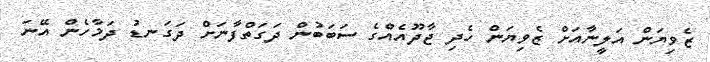
ޒެވިޔަން އަލީނާއަށް ޒެވިޔަން ހެދި ޖާދޫއެއްގެ ސަބަބުން ދަގަތްފާނަށް ދަގަނޑު ދަމާހެން އޭނަ